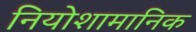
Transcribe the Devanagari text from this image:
नियोशामानिक